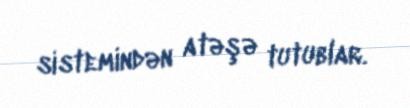
sistemindən atəşə tutublar.